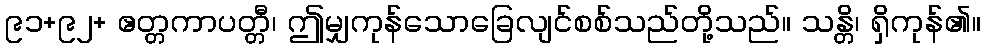
၉၁+၉၂+ ဧတ္တကာပတ္တီ၊ ဤမျှကုန်သောခြေလျင်စစ်သည်တို့သည်။ သန္တိ၊ ရှိကုန်၏။